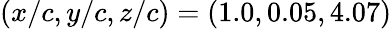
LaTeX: (x/c,y/c,z/c)=(1.0,0.05,4.07)